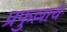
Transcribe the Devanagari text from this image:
प्रफुल्लाचे